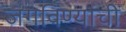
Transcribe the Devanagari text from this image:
जगविण्याची